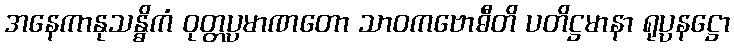
အနေကာနုသန္ဓိကံ ဝုတ္တပ္ပမာဏတော သာဝကဗောဓီတိ ပတိဋ္ဌမာနာ ရုပ္ပနဋ္ဌော